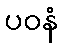
ပဝနံ